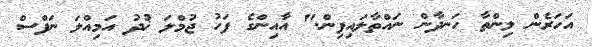
އަހަރެން ލިންތާ ހަނދާން ނައްތާލައިފިން." އާއިންގެ ފަހު ޖުމްލަ ޚުދު އަމިއްލަ ނަފްސް